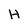
Character: H